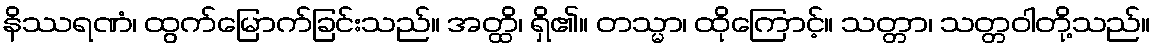
နိဿရဏံ၊ ထွက်မြောက်ခြင်းသည်။ အတ္ထိ၊ ရှိ၏။ တသ္မာ၊ ထိုကြောင့်။ သတ္တာ၊ သတ္တဝါတို့သည်။